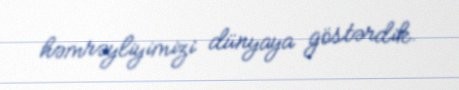
həmrəyliyimizi dünyaya göstərdik.